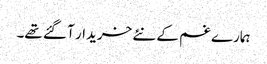
ہمارے غم کے نئے خریدار آ گئے تھے۔